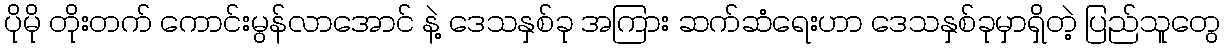
ပိုမို တိုးတက် ကောင်းမွန်လာအောင် နဲ့ ဒေသနှစ်ခု အကြား ဆက်ဆံရေးဟာ ဒေသနှစ်ခုမှာရှိတဲ့ ပြည်သူတွေ